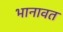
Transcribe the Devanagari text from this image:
भानावत